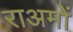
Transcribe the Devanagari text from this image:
राअमों